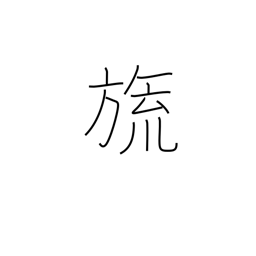
Meaning: counter for flags